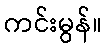
ကင်းမွန်။